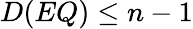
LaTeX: D(EQ)\leq n-1